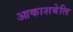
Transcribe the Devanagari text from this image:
आकाशबेलि